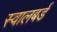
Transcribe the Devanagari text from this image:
स्वालबर्ड